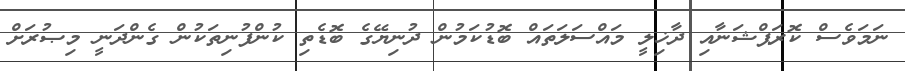
ނަމަވެސް ކޮރަޕްޝަނާއި ދާޚިލީ މައްސަލަތައް ބޮޑުކަމުން ދުނިޔޭގެ ބޮޑެތި ކުންފުނިތަކުން ގެންދަނީ މިޞުރަށް